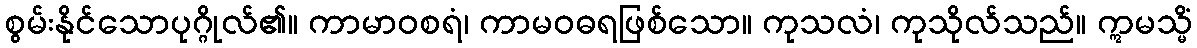
စွမ်းနိုင်သောပုဂ္ဂိုလ်၏။ ကာမာဝစရံ၊ ကာမဝဓရဖြစ်သော။ ကုသလံ၊ ကုသိုလ်သည်။ ဣမသ္မိံ